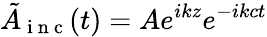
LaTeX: \tilde{A}_{\mathrm{~i~n~c~}}(t)=Ae^{ikz}e^{-ikct}